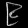
Digit: ၉